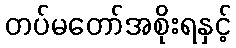
တပ်မတော်အစိုးရနှင့်